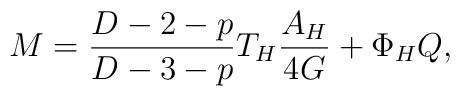
M=\frac{D-2-p}{D-3-p}T_{H}\frac{A_{H}}{4G}+\Phi _{H}Q,